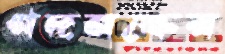
গদনস্কের